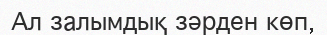
Ал залымдық зәрден көп,